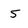
Character: 5